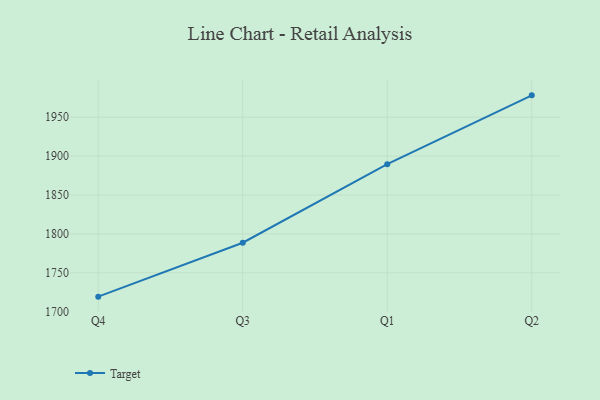
{"axis": {"x": "Quarter", "y": "Page Views"}, "legend": ["Target"], "data": [{"x": "Q4", "y": 1719.4, "type": "Target"}, {"x": "Q3", "y": 1788.7, "type": "Target"}, {"x": "Q1", "y": 1889.7, "type": "Target"}, {"x": "Q2", "y": 1978.1, "type": "Target"}]}